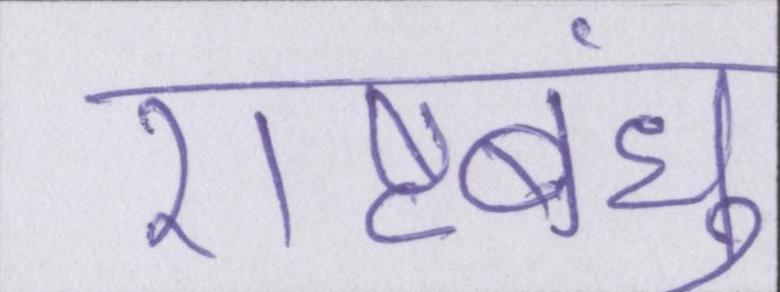
राष्ट्रबंधु